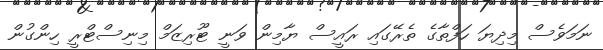
ނަމަވެސް މިދިޔަ ހަފްތާގެ ތެރޭގައި ރައީސް ޔާމިން ވަނީ ޓޫރިޒަމް މިނިސްޓްރީ ހިންގުން